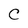
Character: C